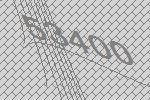
53400